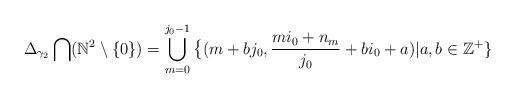
LaTeX: \begin{align*}\Delta_{\gamma_2}\bigcap (\mathbb{N}^2\setminus \{0\})=\bigcup\limits_{m=0}^{j_0-1}\big\{(m+bj_0, \frac{mi_0+n_m}{j_0}+bi_0+a)|a, b\in \mathbb{Z}^{+}\}\end{align*}